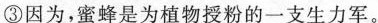
③因为，蜜蜂是为植物授粉的一支生力军。